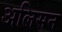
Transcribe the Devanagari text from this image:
अलिसन